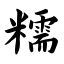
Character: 糯